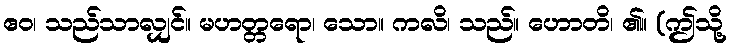
ဧဝ၊ သည်သာလျှင်။ မဟတ္တရော၊ သော။ ကလိ၊ သည်။ ဟောတိ၊ ၏။ (ဤသို့